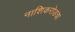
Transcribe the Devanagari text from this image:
नाशिकरोडचा